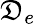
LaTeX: \mathfrak{D}_{e}